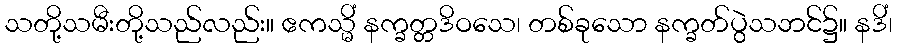
သတို့သမီးတို့သည်လည်း။ ဧကသ္မိံ နက္ခတ္တဒိဝသေ၊ တစ်ခုသော နက္ခတ်ပွဲသဘင်၌။ နဒိံ၊